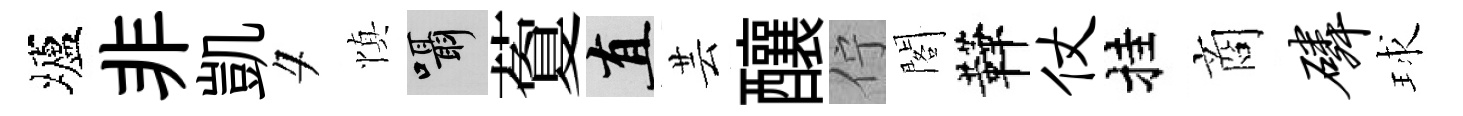
壚非凱夕慎囁藑直芸釀佇閣鞾仗挂商磷球